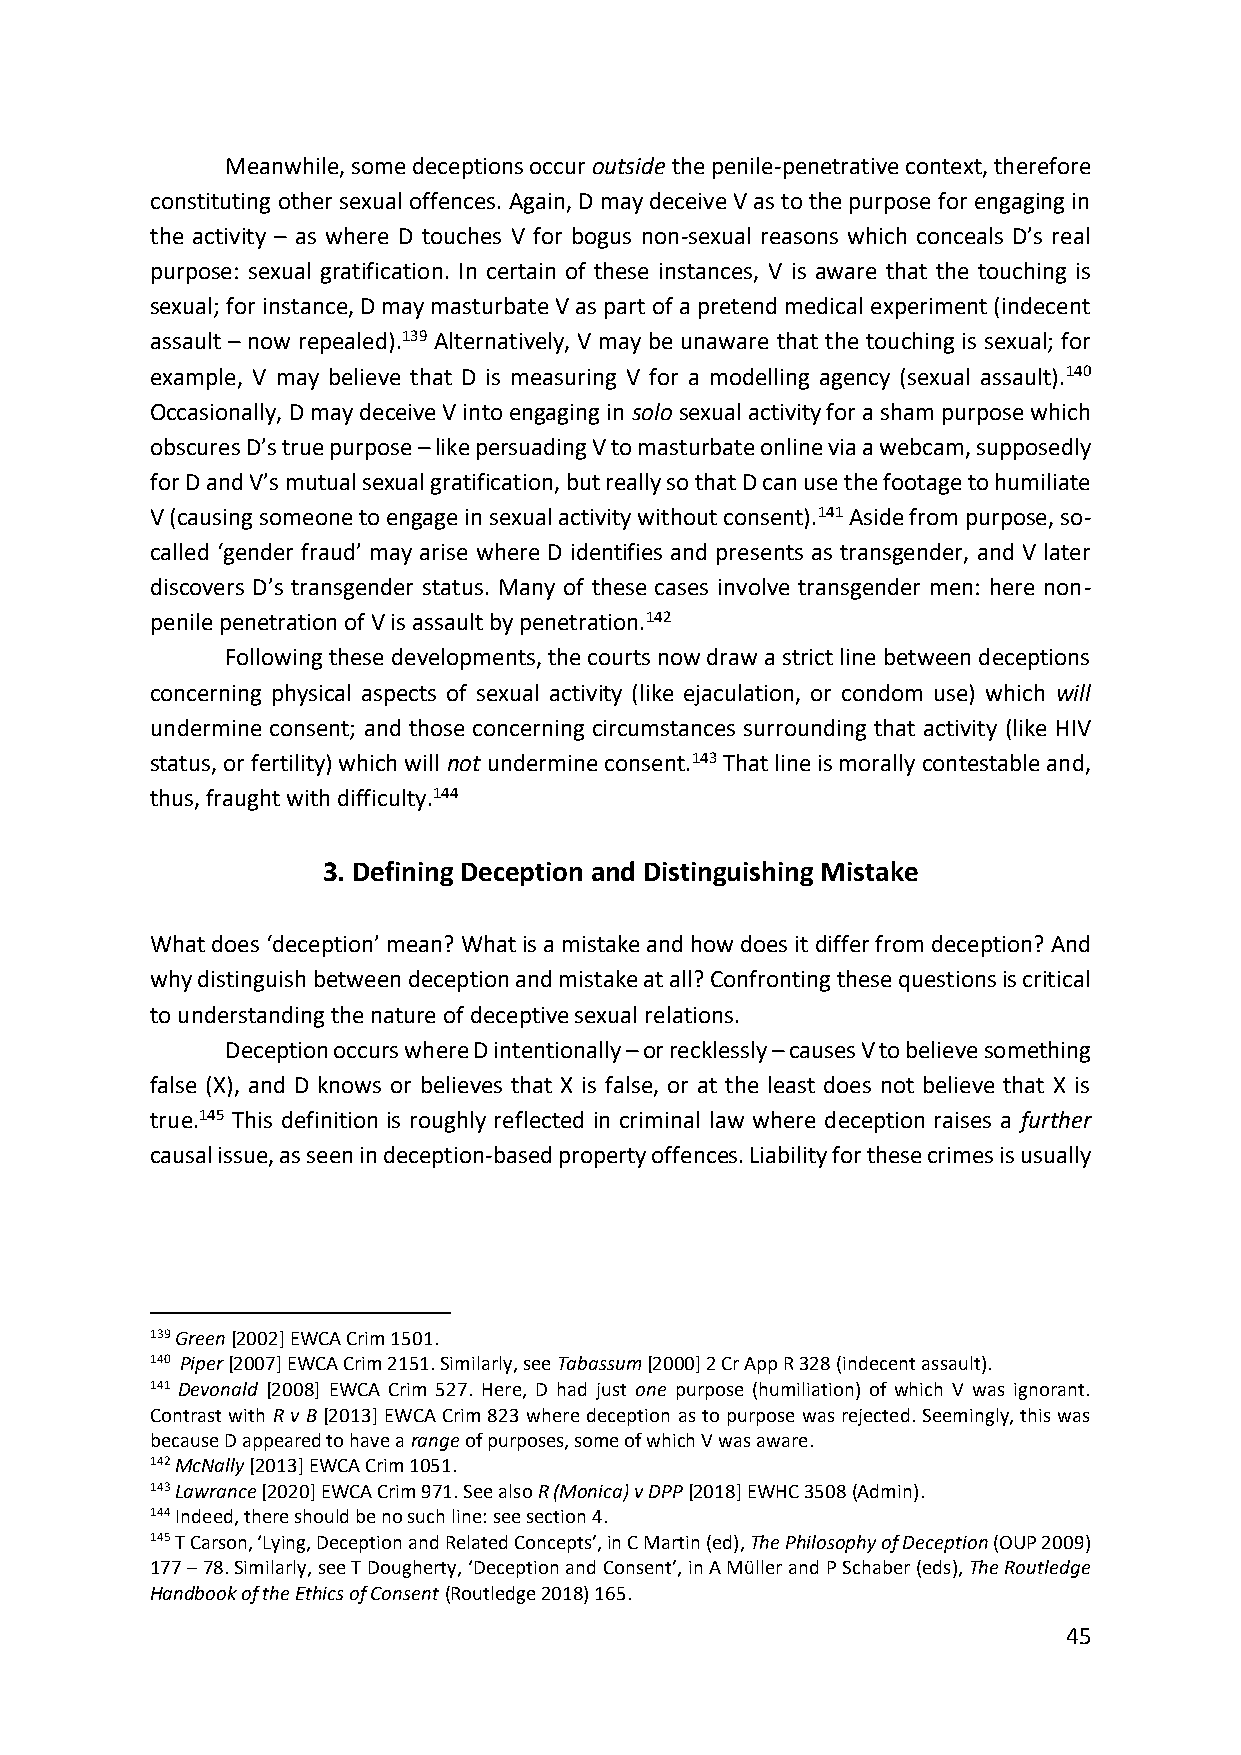
Meanwhile, some deceptions occur outside the penile-penetrative context, therefore
 constituting other sexual offences. Again, D may deceive V as to the purpose for engaging in
 the activity – as where D touches V for bogus non-sexual reasons which conceals D’s real
 purpose: sexual gratification. In certain of these instances, V is aware that the touching is
 sexual; for instance, D may masturbate V as part of a pretend medical experiment (indecent
 assault – now repealed).139 Alternatively, V may be unaware that the touching is sexual; for
 example, V may believe that D is measuring V for a modelling agency (sexual assault).140
 Occasionally, D may deceive V into engaging in solo sexual activity for a sham purpose which
 obscures D’s true purpose – like persuading V to masturbate online via a webcam, supposedly
 for D and V’s mutual sexual gratification, but really so that D can use the footage to humiliate
 V (causing someone to engage in sexual activity without consent).141 Aside from purpose, so-
 called ‘gender fraud’ may arise where D identifies and presents as transgender, and V later
 discovers D’s transgender status. Many of these cases involve transgender men: here non-
 penile penetration of V is assault by penetration.142
 Following these developments, the courts now draw a strict line between deceptions
 concerning physical aspects of sexual activity (like ejaculation, or condom use) which will
 undermine consent; and those concerning circumstances surrounding that activity (like HIV
 status, or fertility) which will not undermine consent.143 That line is morally contestable and,
 thus, fraught with difficulty.144
 3. Defining Deception and Distinguishing Mistake
 What does ‘deception’ mean? What is a mistake and how does it differ from deception? And
 why distinguish between deception and mistake at all? Confronting these questions is critical
 to understanding the nature of deceptive sexual relations.
 Deception occurs where D intentionally – or recklessly – causes V to believe something
 false (X), and D knows or believes that X is false, or at the least does not believe that X is
 true.145 This definition is roughly reflected in criminal law where deception raises a further
 causal issue, as seen in deception-based property offences. Liability for these crimes is usually
 139 Green [2002] EWCA Crim 1501.
 140 Piper [2007] EWCA Crim 2151. Similarly, see Tabassum [2000] 2 Cr App R 328 (indecent assault).
 141 Devonald [2008] EWCA Crim 527. Here, D had just one purpose (humiliation) of which V was ignorant.
 Contrast with R v B [2013] EWCA Crim 823 where deception as to purpose was rejected. Seemingly, this was
 because D appeared to have a range of purposes, some of which V was aware.
 142 McNally [2013] EWCA Crim 1051.
 143 Lawrance [2020] EWCA Crim 971. See also R (Monica) v DPP [2018] EWHC 3508 (Admin).
 144 Indeed, there should be no such line: see section 4.
 145 T Carson, ‘Lying, Deception and Related Concepts’, in C Martin (ed), The Philosophy of Deception (OUP 2009)
 177 – 78. Similarly, see T Dougherty, ‘Deception and Consent’, in A Müller and P Schaber (eds), The Routledge
 Handbook of the Ethics of Consent (Routledge 2018) 165.
 45